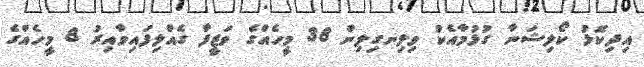
އިދިކޮޅު ކޯލިޝަނާ ގުޅުމާއެކު ވިލިނގިލިން 38 މީހެއްގެ ވަޒީފާ ގެއްލިފައިވާއިރު 8 މީހެއްގެ